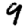
Digit: 9